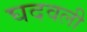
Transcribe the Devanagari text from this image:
घदवली